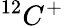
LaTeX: ^{12}C^{+}